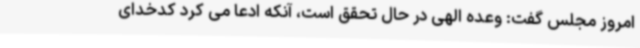
امروز مجلس گفت: وعده الهی در حال تحقق است، آنکه ادعا می کرد کدخدای